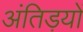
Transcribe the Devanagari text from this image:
अंतिड़यों